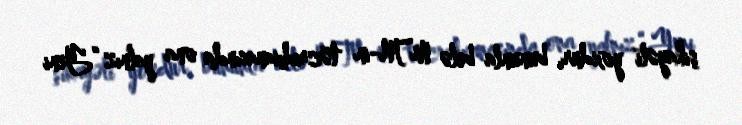
şikayəti yoxdur, bununla belə MTN-in təcridxanasında ona yalnız “Yeni